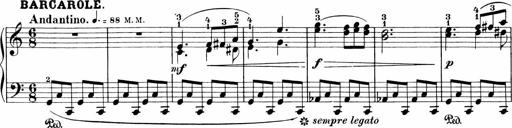
Title: 3 Sonatinas
Composer: Carl Reinecke